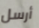
أرسل